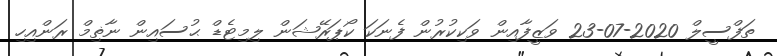
ތަފްސީލް 2020-07-23 ވަޒީފާއިން ވަކިކުރުން ފެނަކަ ކޯޕަރޭޝަން ލިމިޓެޑް ޙުސައިން ނާޡިމް ރަންއިހި